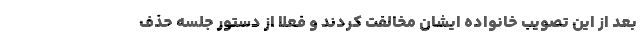
بعد از این تصویب خانواده ایشان مخالفت کردند و فعلا از دستور جلسه حذف